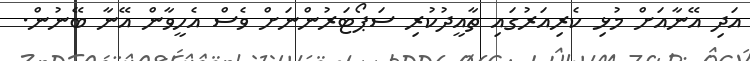
އަދި އޭނާއަށް މުޅި ކެރިއަރުގައި ތާއީދުކުރި ސަޕޯޓަރުންނަށް ވެސް އެހީވާން އޭނާ ބޭނުން.